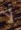
لا